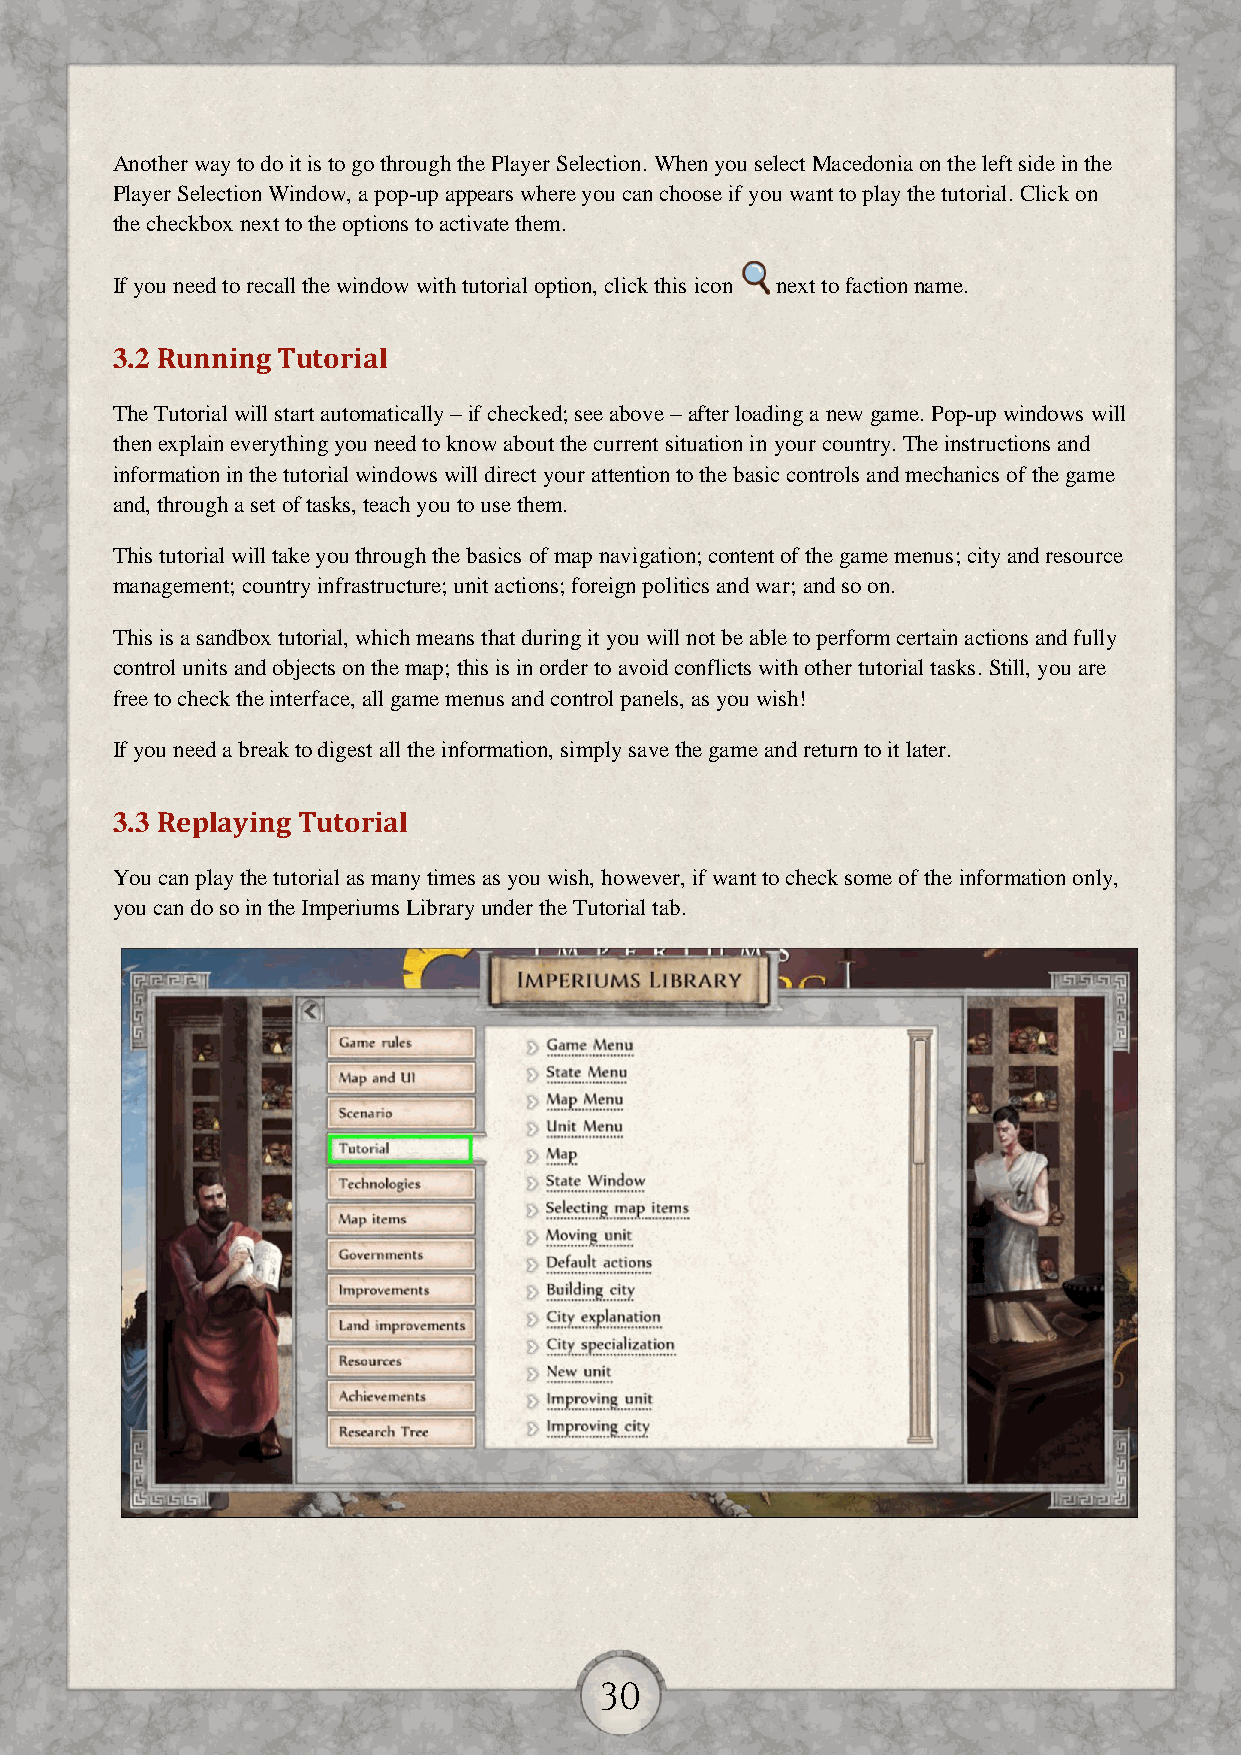
Another way to do it is to go through the Player Selection. When you select Macedonia on the left side in the
 Player Selection Window, a pop-up appears where you can choose if you want to play the tutorial. Click on
 the checkbox next to the options to activate them.
 If you need to recall the window with tutorial option, click this icon next to faction name.
 3.2 Running Tutorial
 The Tutorial will start automatically – if checked; see above – after loading a new game. Pop-up windows will
 then explain everything you need to know about the current situation in your country. The instructions and
 information in the tutorial windows will direct your attention to the basic controls and mechanics of the game
 and, through a set of tasks, teach you to use them.
 This tutorial will take you through the basics of map navigation; content of the game menus; city and resource
 management; country infrastructure; unit actions; foreign politics and war; and so on.
 This is a sandbox tutorial, which means that during it you will not be able to perform certain actions and fully
 control units and objects on the map; this is in order to avoid conflicts with other tutorial tasks. Still, you are
 free to check the interface, all game menus and control panels, as you wish!
 If you need a break to digest all the information, simply save the game and return to it later.
 3.3 Replaying Tutorial
 You can play the tutorial as many times as you wish, however, if want to check some of the information only,
 you can do so in the Imperiums Library under the Tutorial tab.
 30